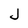
Character: J